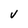
Character: V